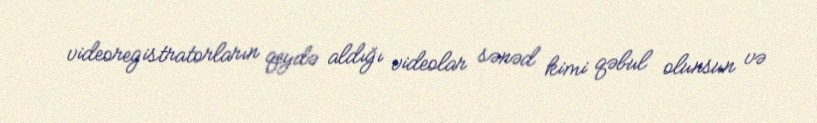
videoregistratorların qeydə aldığı videolar sənəd kimi qəbul olunsun və